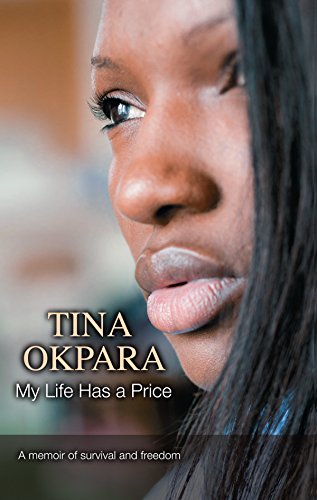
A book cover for My Life Has a Price: A Memoir of Survival and Freedom; Tina Okpara; Teen & Young Adult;